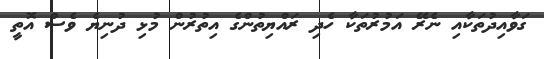
ގަވާއިދުތަކާއި ނެރޭ އަމުރުތަކާ ހެދި ރައްޔިތުންގެ އިތުރުން މުޅި ދުނިޔެ ވެސް އޮތީ